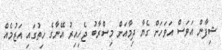
ޝިފާން އަވަސް އަވަހަށް ގެޔާ ދިމާއަށް މިސްރާބު ޖެހިއިރު އޭނާގެ ހިތުގައި އަޒުމެއް